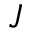
J